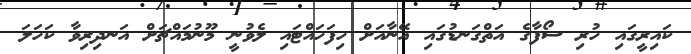
ކައިރީގައި ހުރި ސޯފާގެ އަތްގަނޑުގައި އޭނާއަށް ހިފަހައްޓައި ލެވުނީ މޫނުމައްޗަށް އަނދިރިވާ ކަހަލަ